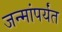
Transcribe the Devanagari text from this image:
जन्मांपर्यंत